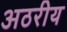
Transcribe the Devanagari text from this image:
अठरीय